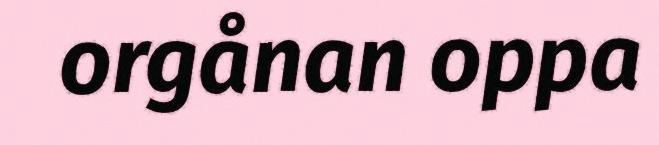
orgånan oppa